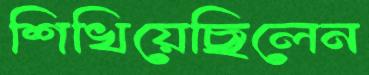
শিখিয়েছিলেন